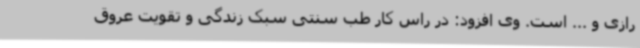
رازی و ... است. وی افزود: در راس کار طب سنتی سبک زندگی و تقویت عروق